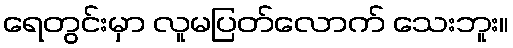
ရေတွင်းမှာ လူမပြတ်လောက် သေးဘူး။